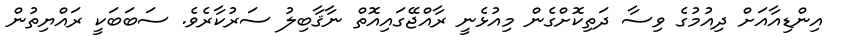
އިންޑިއާއަށް ދިއުމުގެ ވިސާ ދަތިކޮށްގެން މިއުޅެނީ ރާއްޖޭގައިއޮތް ނާޤާބިލު ސަރުކާރެވެ. ސަބަބަކީ ރައްޔިތުން